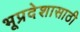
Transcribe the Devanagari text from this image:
भूप्रदेशासाठी